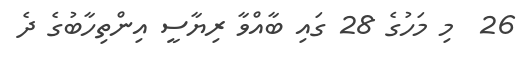
26  މި މަހުގެ 28 ގައި ބާއްވާ ރިޔާސީ އިންތިހާބުގެ ދެ